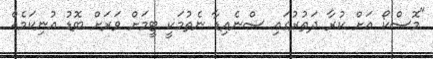
"މޮސްކޯ އަށް ކުރާ ދަތުރުގައި ސްނެއިޑާ ނެތުމަކީ ޓީމަށް ވަރަށް ބޮޑު އުނިކަމެއް